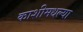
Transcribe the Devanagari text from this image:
काशीमधल्या